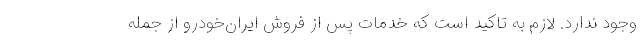
وجود ندارد. لازم به تاکید است که خدمات پس از فروش ایران‌خودرو از جمله